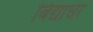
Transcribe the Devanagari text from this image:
बिद्याधर